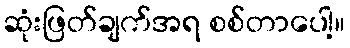
ဆုံးဖြတ်ချက်အရ စစ်တာပေါ့။